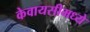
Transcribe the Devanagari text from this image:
केवायसीमध्ये